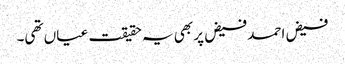
فیض احمد فیض پر بھی یہ حقیقت عیاں تھی۔